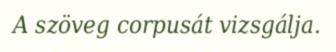
A szöveg corpusát vizsgálja.